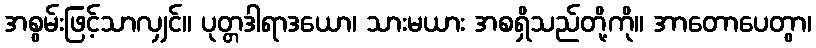
အစွမ်းဖြင့်သာလျှင်။ ပုတ္တဒါရာဒယော၊ သားမယား အစရှိသည်တို့ကို။ အာတောပေတွာ၊